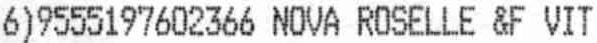
6)9555197602366 NOVA ROSELLE &F VIT